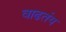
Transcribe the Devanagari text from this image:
वाढतंय